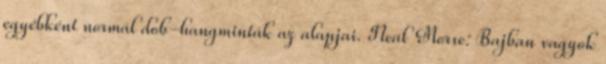
egyébként normál dob-hangminták az alapjai. Neal Morse: Bajban vagyok